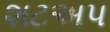
શટઅપ